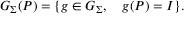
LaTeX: G _ { \Sigma } ( P ) = \{ g \in G _ { \Sigma } , \quad g ( P ) = I \} .